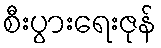
စီးပွားရေးဇုန်